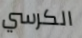
الكرسي